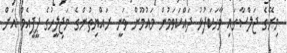
މިރޭގެ ޖަލްސާގައި ވާހަކަފުޅު ދައްކަވަމުން މައުމޫން ވަނީ ރައްޔިތުންގެ މަޖިލީހުގެ ޕީޕީއެމް އަށް